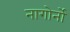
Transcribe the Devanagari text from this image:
नागोर्नो